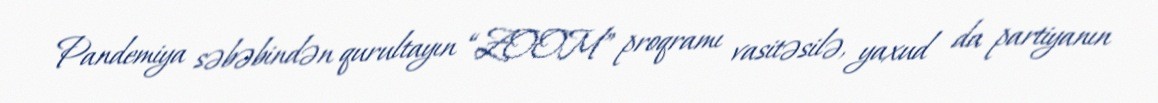
Pandemiya səbəbindən qurultayın “ZOOM” proqramı vasitəsilə, yaxud da partiyanın